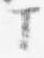
マ